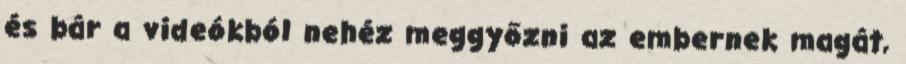
és bár a videókból nehéz meggyőzni az embernek magát,